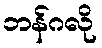
ဘန်ဂလို